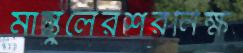
মাস্তুলেরশরনিক্ষ